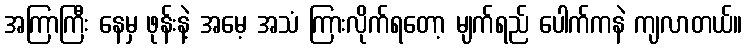
အကြာကြီး နေမှ ဖုန်းနဲ့ အမေ့ အသံ ကြားလိုက်ရတော့ မျက်ရည် ပေါက်ကနဲ ကျလာတယ်။